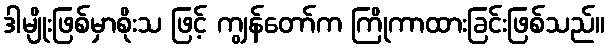
ဒါမျိုးဖြစ်မှာစိုးသ ဖြင့် ကျွန်တော်က ကြိုကာထားခြင်းဖြစ်သည်။